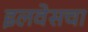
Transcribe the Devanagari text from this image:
इलवेसचा